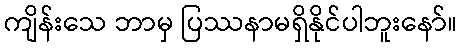
ကျိန်းသေ ဘာမှ ပြဿနာမရှိနိုင်ပါဘူးနော်။